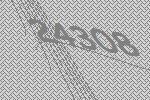
24308